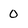
Character: 0